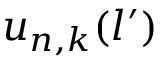
u _ { n , k } ( l ^ { \prime } )